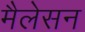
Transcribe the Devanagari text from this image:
मैलेसन